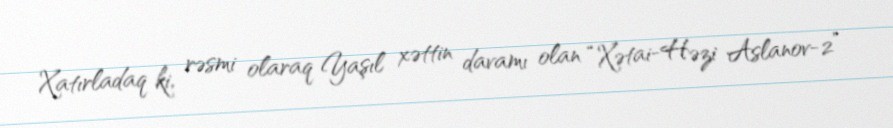
Xatırladaq ki, rəsmi olaraq Yaşıl xəttin davamı olan “Xətai-Həzi Aslanov-2”